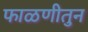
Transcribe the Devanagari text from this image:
फाळणीतुन